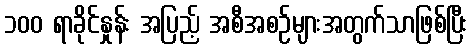
၁၀၀ ရာခိုင်နှုန်း အပြည့် အစီအစဉ်များအတွက်သာဖြစ်ပြီး